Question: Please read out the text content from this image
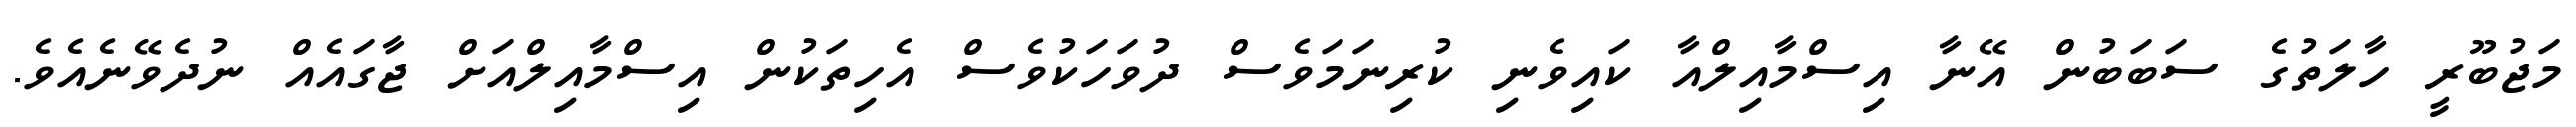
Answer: މަޖުބޫރީ ހާލަތުގެ ސަބަބުން އޭނާ އިސްމާއިލްއާ ކައިވެނި ކުރިނަމަވެސް ދުވަހަކުވެސް އެހިތަކުން އިސްމާއިލްއަށް ޖާގައެއް ނުދެވޭނެއެވެ.